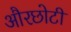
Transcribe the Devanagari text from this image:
औरछोटी